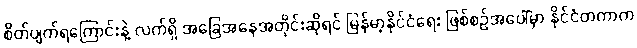
စိတ်ပျက်ရကြောင်းနဲ့ လက်ရှိ အခြေအနေအတိုင်းဆိုရင် မြန်မာ့နိုင်ငံရေး ဖြစ်စဉ်အပေါ်မှာ နိုင်ငံတကာက